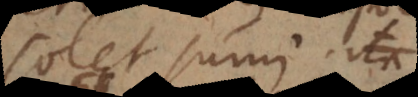
solet sumi. Sic